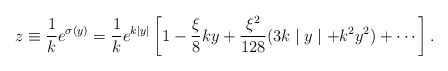
\begin{align*}z \equiv \frac{1}{k} e^{\sigma(y)}= \frac{1}{k} e^{k\mid y \mid}\left[1 - \frac{\xi}{8} ky + \frac{\xi^2}{128} (3k\mid y \mid + k^2 y^2) + \cdots \right].\end{align*}